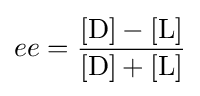
ee={\frac {[{\ce {D}}]-[{\ce {L}}]}{[{\ce {D}}]+[{\ce {L}}]}}